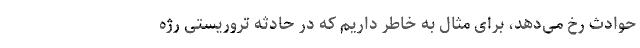
حوادث رخ می‌دهد، برای مثال به خاطر داریم که در حادثه تروریستی رژه